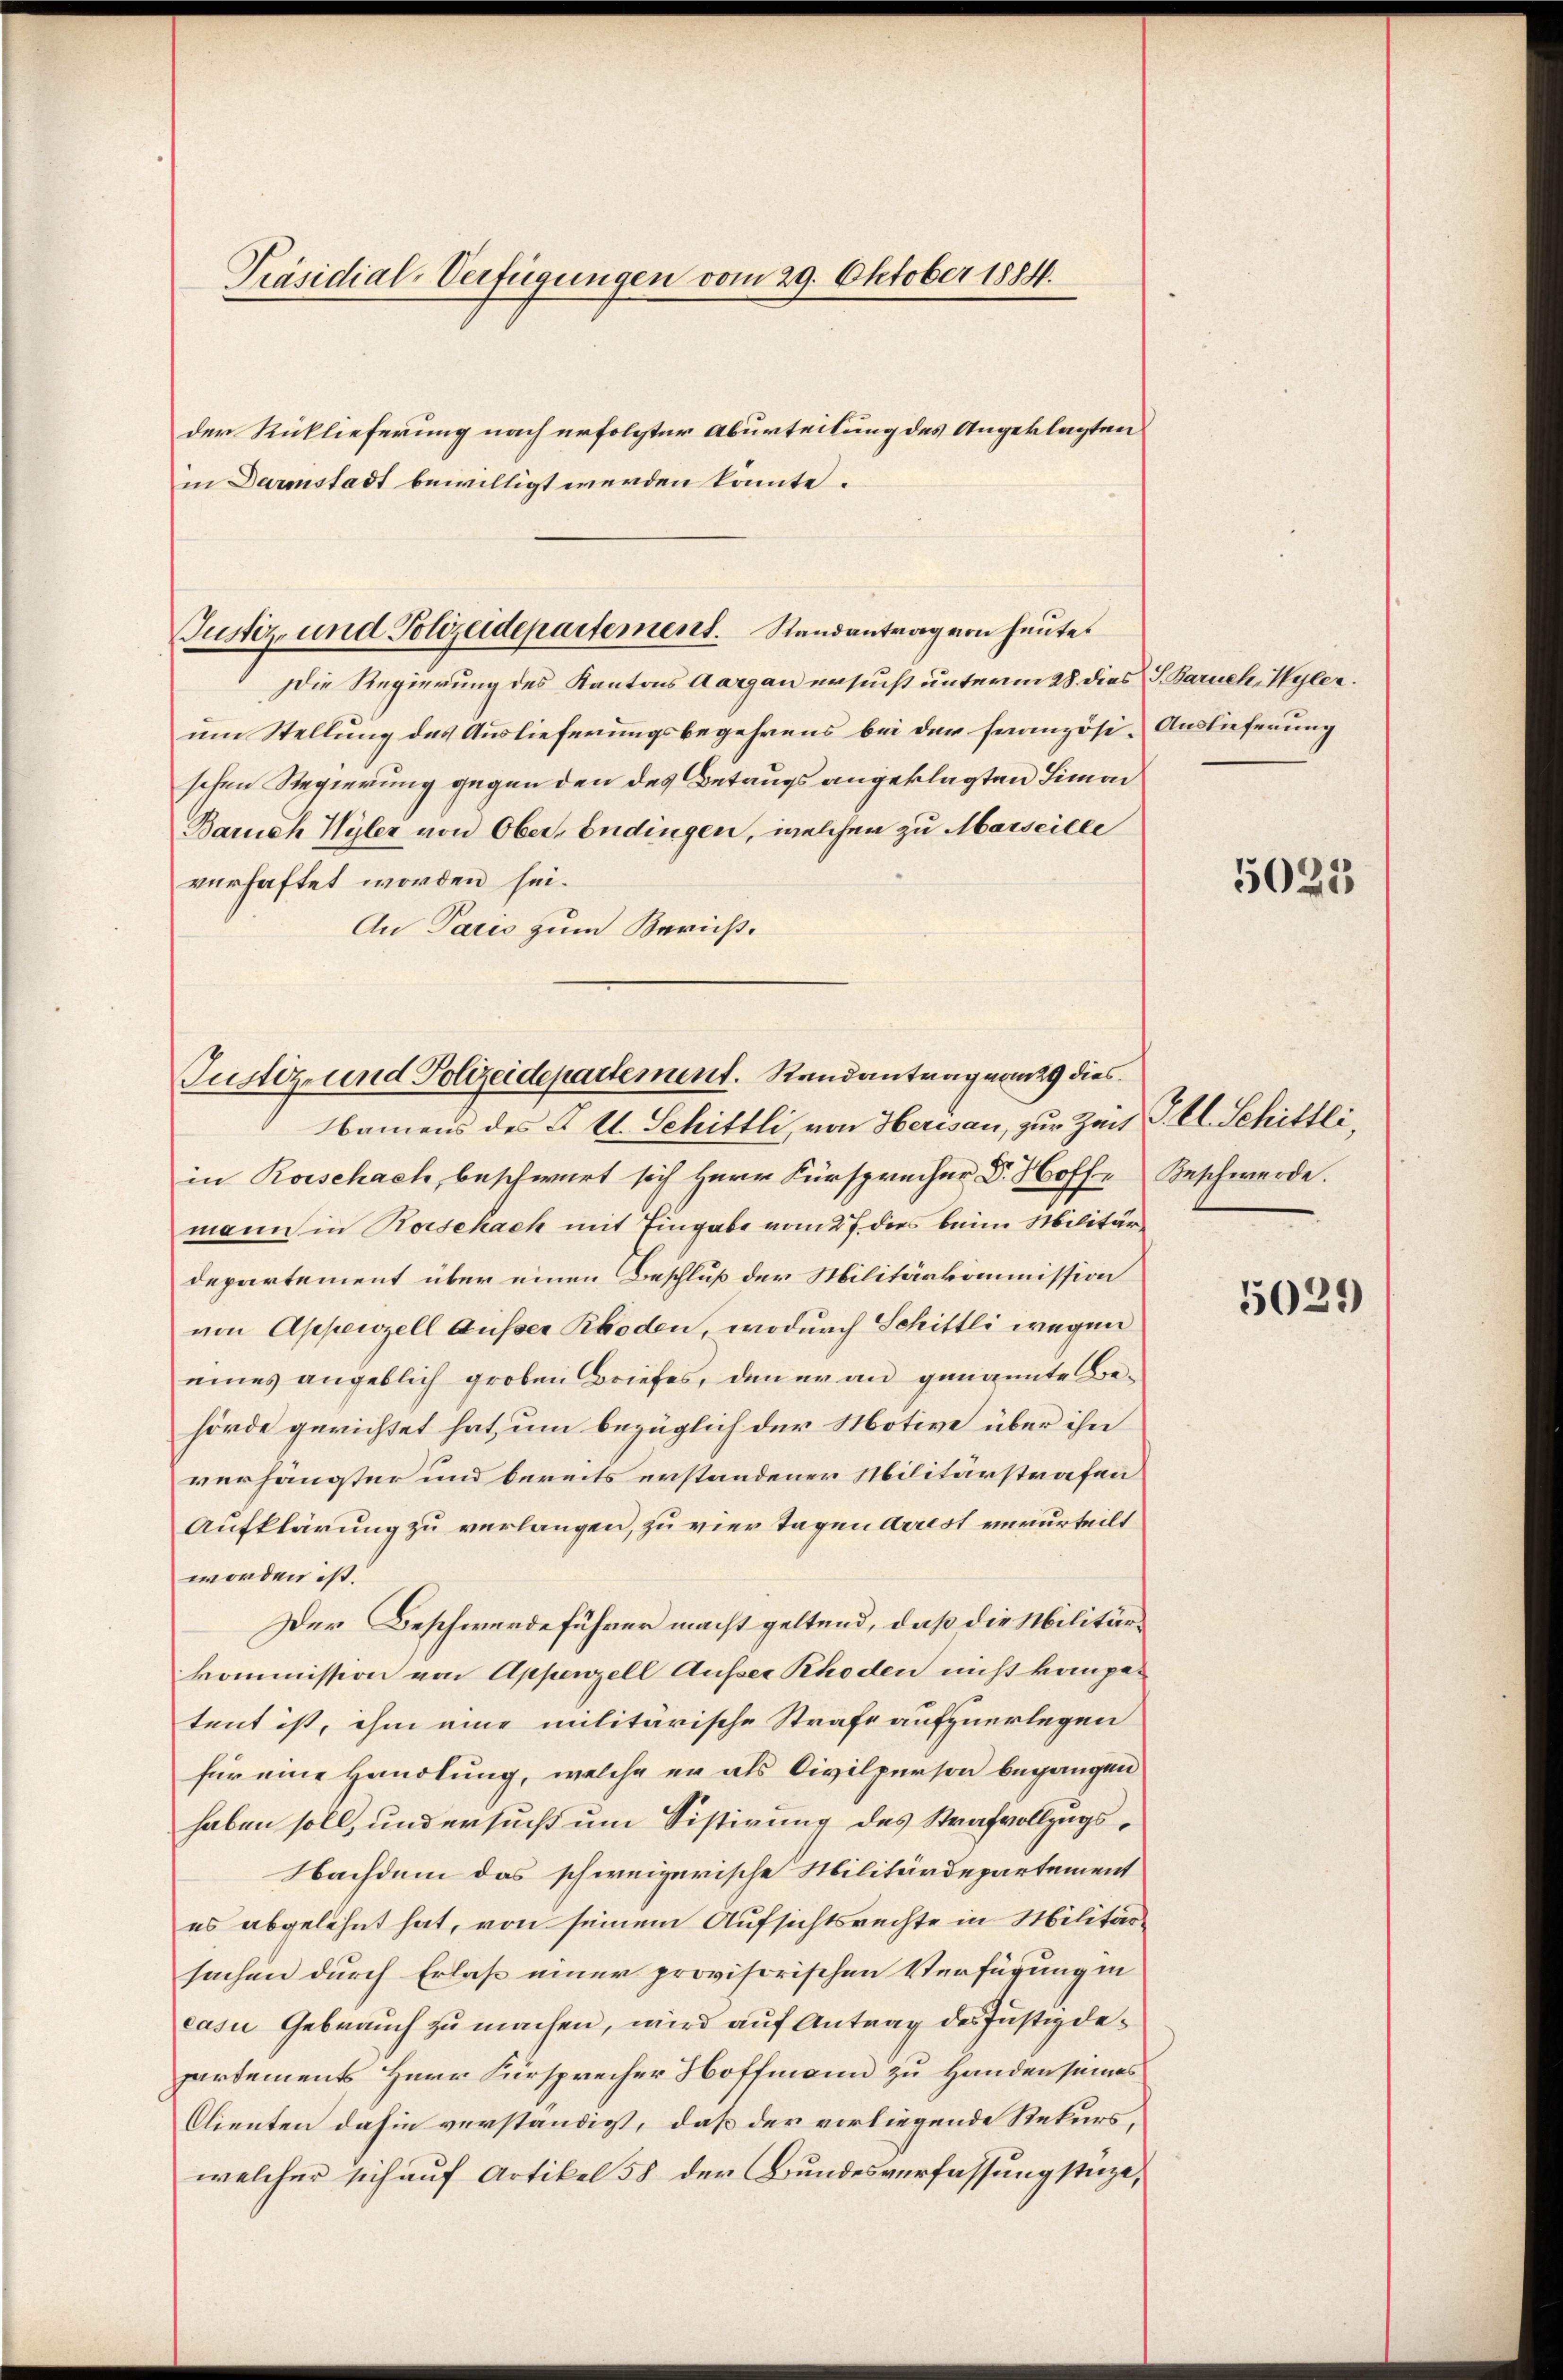
Präsidial-Verfügungen vom 29. Oktober 1884.

der Rücklieferung nach erfolgter Aburteilung des Angeklagten
in Darmstadt bewilligt werden könnte.
Die Regierung des Kantons Aargau ersucht unterm 28. dies S. Baruch, Wyler.
um Stellung des Auslieferungsbegehrens bei der französi-
schen Regierung gegen den des Betrugs angeklagten Simon
Barch Wyler von Ober-Endingen, welchen zu Marseille
verhaftet worden sei.
An Paris zum Berüß¬

Justiz- und Polizeidepartement. Standanträgern heutet

Justiz- und Polizeidepartement. Randantrag vom 29 dies

Auslieferung

Namens des I. Kl. Schittli, von Herisau, zur Zeit I. Kl. Schittli,
in Rorschach, beschwert sich Herr Fürsprecher Dr. Hoff- Beschwerde.
mann in Horschach mit Eingabe vom 27. dies beim Militärdepartement über einen Beschluß der Militärkommission
von Appenzell ausser Rhoden, wodurch Schittli wegen
eines angeblich groben Briefes, den er an genannte Behörde gerichtet hat, um bezüglich der Motive über ihn
verhängter und bereits erstandener Militärstrafen
Aufklärung zu verlangen, zu vier Tagen Arrest verurteilt
worden ist.
Der Beschwerdeführer macht geltend, daß die Militärkommission von Appenzell Ausser Rhoden nicht kompetent ist, ihm eine militärische Strafe aufzuerlegen
für eine Handlung, welche er als Civilperson begangen
haben soll, und ersucht um Sistirung des Strafvollzugs¬
Nachdem das schweizerische Militärdepartement
es abgelehnt hat, von seinem Aufsichtsrechte in Militärsachen durch Erlaß einer provisorischen Verfügung in
Lasu Gebrauch zu machen, wird auf Antrag des Justizdepartements Herr Fürsprecher Hoffmann zu Handen seines
Clienten dahin verständigt, daß der vorliegende Rekurs,
welcher sich auf Artikel 58 der Bundesverfassung stüze,

5025

5029